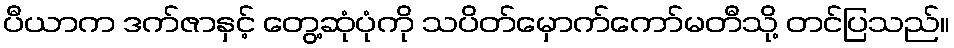
ပီယာက ဒက်ဇာနှင့် တွေ့ဆုံပုံကို သပိတ်မှောက်ကော်မတီသို့ တင်ပြသည်။